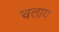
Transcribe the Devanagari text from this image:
चलाय